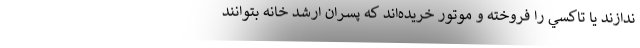
ندازند يا تاكسي را فروخته و موتور خريده‌اند كه پسران ارشد خانه بتوانند